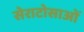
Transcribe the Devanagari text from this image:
सेराटोसाओं